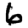
Digit: 6